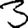
Digit: 3